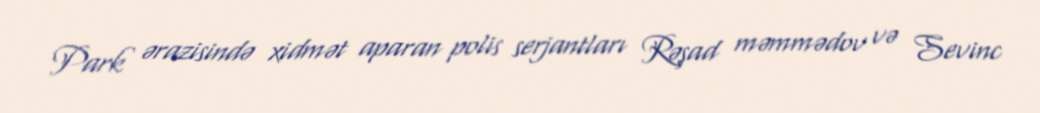
Park ərazisində xidmət aparan polis serjantları Rəşad məmmədov və Sevinc